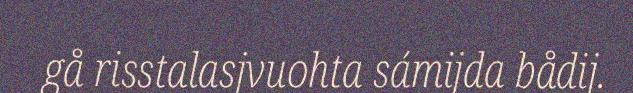
gå risstalasjvuohta sámijda bådij.